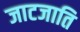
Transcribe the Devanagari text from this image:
जाटजाति